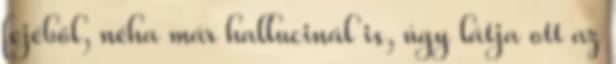
fejéből, néha már hallucinál is, úgy látja ott az